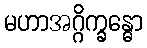
မဟာအဂ္ဂိက္ခန္ဓော